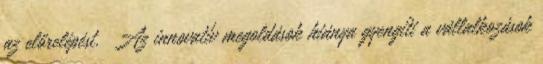
az előrelépést. ▪Az innovatív megoldások hiánya gyengíti a vállalkozások